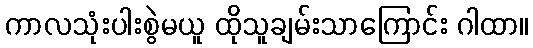
ကာလသုံးပါးစွဲမယူ ထိုသူချမ်းသာကြောင်း ဂါထာ။